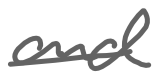
Text: and
Cross-out: single-line
Writing tool: digital_gray